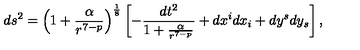
d s ^ { 2 } = \left( 1 + \frac { \alpha } { r ^ { 7 - p } } \right) ^ { \frac { 1 } { 8 } } \left[ - \frac { d t ^ { 2 } } { 1 + \frac { \alpha } { r ^ { 7 - p } } } + d x ^ { i } d x _ { i } + d y ^ { s } d y _ { s } \right] ,